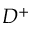
D ^ { + }